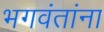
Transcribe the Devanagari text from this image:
भगवंतांना